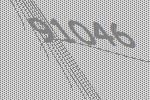
91046